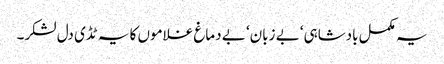
یہ مکمل بادشاہی‘ بے زبان‘ بے دماغ غلاموں کا یہ ٹڈی دل لشکر۔